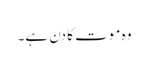
وہ موت کا دن ہے۔